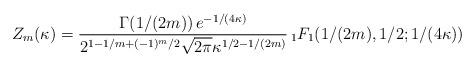
LaTeX: \begin{align*}Z_{m}(\kappa) = {\Gamma(1/(2m))\, e^{-1/(4\kappa)}\over2^{1-1/m +(-1)^{m}/2}\sqrt{2\pi} \kappa^{1/2 - 1/(2m)}}\,{}_{1}F_{1} (1/(2m),1/2;1/(4\kappa))\end{align*}